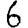
Digit: 6